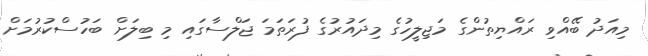
މިއަދު ބޭއްވި ރައްޔިތުންގެ މަޖިލީހުގެ މިދައުރުގެ ފުރަތަމަ ޖަލްސާގައި މި ބިލަށް ބަހުސްކުރުމަށް